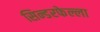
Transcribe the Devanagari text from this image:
सिन्डरफेल्ला